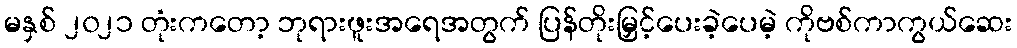
မနှစ် ၂၀၂၁ တုံးကတော့ ဘုရားဖူးအရေအတွက် ပြန်တိုးမြှင့်ပေးခဲ့ပေမဲ့ ကိုဗစ်ကာကွယ်ဆေး